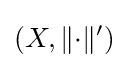
(X,\|{\cdot }\|')